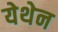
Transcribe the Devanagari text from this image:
येथेन